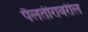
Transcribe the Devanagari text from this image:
पैलतीरावरील